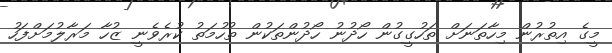
މީގެ އިތުރުން މިހާތަނަށް ތަހުގީގުން ހޯދުނު ހޯދުންތަކުން ތުހުމަތު ކުރެވެނީ ޒުހާ މަރާލުމަށްފަހު